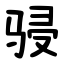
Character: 骎